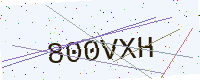
Text: 800VXH